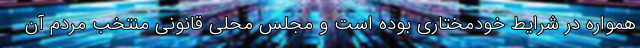
همواره در شرایط خودمختاری بوده است و مجلس محلی قانونی منتخب مردم آن